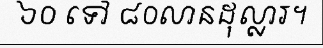
៦០ ទៅ ៨០លានដុល្លារ។